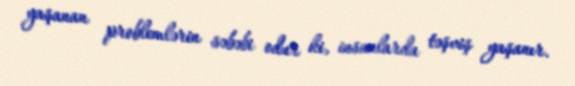
yaşanan problemlərin səbəbi odur ki, insanlarda təşviş yaşanır.